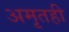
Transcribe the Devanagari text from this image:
अमृतही